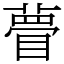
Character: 瞢